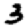
Digit: 3